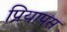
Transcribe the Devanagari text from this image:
प्रियापस